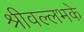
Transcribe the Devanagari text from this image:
श्रीवल्लभके